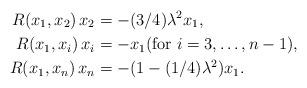
LaTeX: \begin{align*} R(x_1, x_2)\, x_2 &= - (3/4) \lambda^2 x_1 , \\ R(x_1, x_i)\, x_i &= - x_1 (\mbox{for $i = 3, \ldots, n-1$}) , \\ R(x_1, x_n)\, x_n &= - (1 - (1/4) \lambda^2) x_1 . \end{align*}